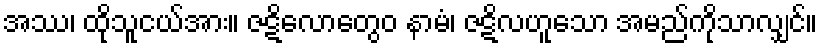
အဿ၊ ထိုသူငယ်အား။ ဇဋိလောတွေဝ နာမံ၊ ဇဋိလဟူသော အမည်ကိုသာလျှင်။